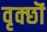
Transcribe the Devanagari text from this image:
वृक्छॊं